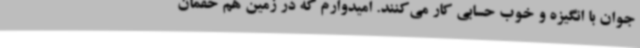
جوان با انگیزه و خوب حسابی کار می‌کنند. امیدوارم که در زمین هم حقمان